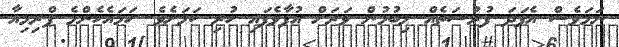
ނަމަވެސް އެފަދަ ފުރުސަތެއް ލިބުމުން ވަރަށް އުފާވެފައި ހުރި ކަމަށެވެ. ހަމައެހެންމެ ޕްރިމިއާ